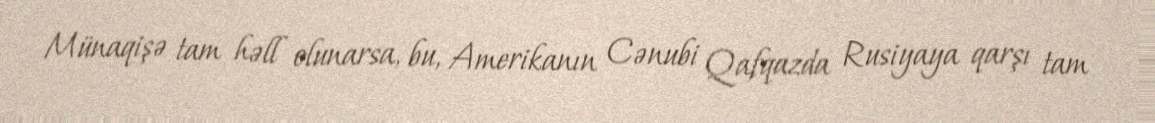
Münaqişə tam həll olunarsa, bu, Amerikanın Cənubi Qafqazda Rusiyaya qarşı tam